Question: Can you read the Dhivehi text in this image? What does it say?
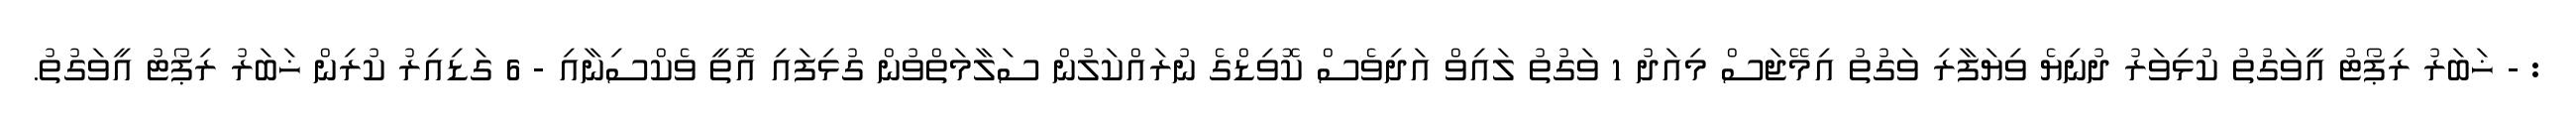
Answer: : - ޚަބަރު ރިޕޯޓު އީވަގުތު ކުޅިވަރު ދުނިޔެ ވިޔަފާރި ވަގުތު އިމޭޖަސް މިއަދު 1 ވަގުތު ލައިވް އަދިވެސް ކޮވިޑްގެ ނުރައްކަލުން ސަލާމަތްވުން ގުޅިފައި އޮތީ ވެކްސިނާއި - 6 ގަޑިއިރު ކުރިން ޚަބަރު ރިޕޯޓު އީވަގުތު.